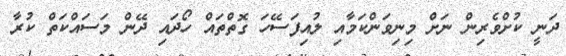
ދަނީ ކުށްވެރިން ނަށް މިނިވަންކަމާއި ލުއިފަސޭހަ ގޮތްތައް ހޯދައި ދޭން މަސައްކަތް ކުރާ